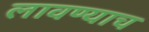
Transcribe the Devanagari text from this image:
लावण्याच